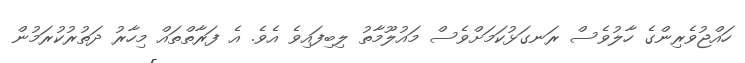
ހައްޖުވެރިންގެ ހާލުވެސް ރަނގަޅުކަމަށްވެސް މައުލޫމާތު ލިބިފައިވެ އެވެ. އެ ފަރާތްތައް މިހާރު ދަތުރުކުރަމުން